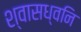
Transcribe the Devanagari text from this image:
श्वासध्वनि